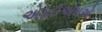
એફઈએમએ